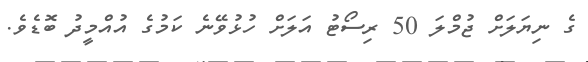
ގެ ނިޔަލަށް ޖުމްލަ 50 ރިސޯޓު އަލަށް ހުޅުވޭނެ ކަމުގެ އުއްމީދު ބޮޑެވެ.